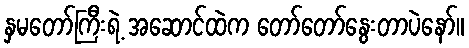
နှမတော်ကြီးရဲ့ အဆောင်ထဲက တော်တော်နွေးတာပဲနော်။